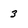
Character: 3